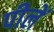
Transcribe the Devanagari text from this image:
पीलें